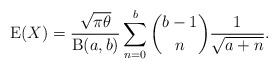
\begin{align*}\operatorname{E}(X)=\frac{\sqrt{\pi\theta}}{\operatorname{B}(a,b)}\sum_{n=0}^b \binom{b-1}{n} \frac{1}{\sqrt{a+n}}.\end{align*}